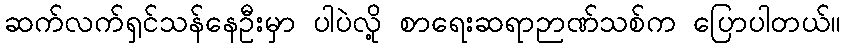
ဆက်လက်ရှင်သန်နေဦးမှာ ပါပဲလို့ စာရေးဆရာဉာဏ်သစ်က ပြောပါတယ်။